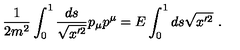
{ \frac { 1 } { 2 m ^ { 2 } } } \int _ { 0 } ^ { 1 } { \frac { d s } { \sqrt { x ^ { \prime 2 } } } } p _ { \mu } p ^ { \mu } = E \int _ { 0 } ^ { 1 } d s \sqrt { x ^ { \prime 2 } } \ .